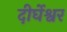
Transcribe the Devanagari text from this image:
दीर्घेश्वर